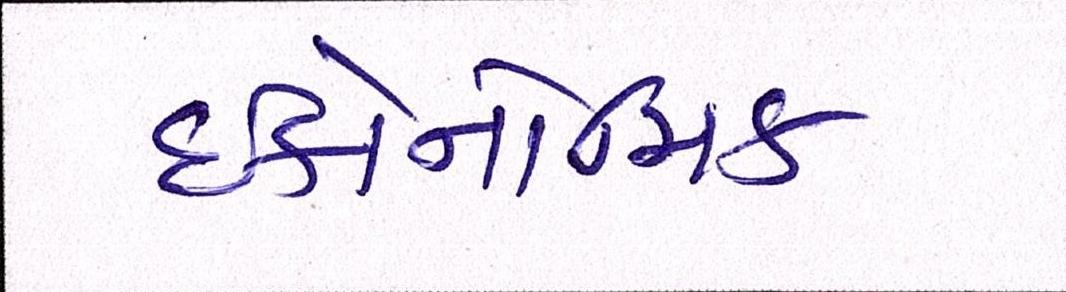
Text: ઇકોનોમિક